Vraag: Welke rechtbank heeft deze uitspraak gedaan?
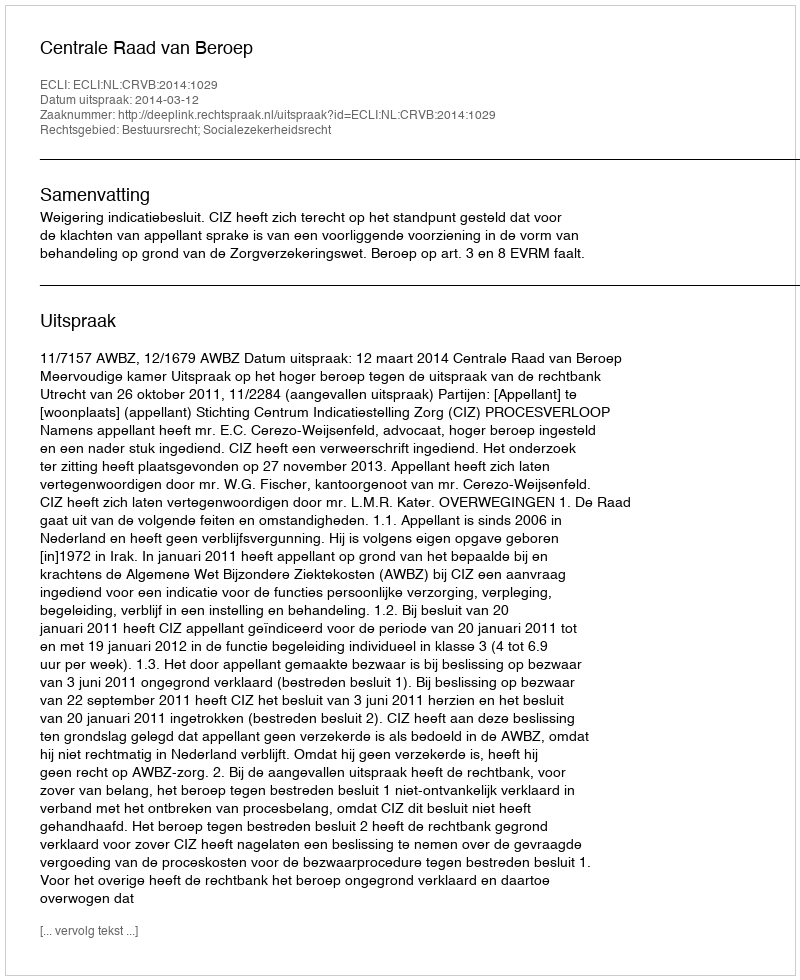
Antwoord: Centrale Raad van Beroep